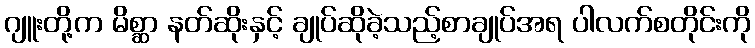
ဂျူးတို့က မိစ္ဆာ နတ်ဆိုးနှင့် ချုပ်ဆိုခဲ့သည့်စာချုပ်အရ ပါလက်စတိုင်းကို